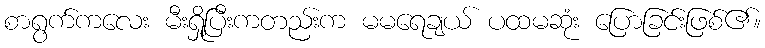
စာရွက်ကလေး မီးရှို့ပြီးကတည်းက မမရေချယ် ပထမဆုံး ပြောခြင်းဖြစ်၏။